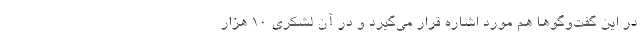
در این گفت‌وگوها هم مورد اشاره قرار می‌گیرد و در آن لشکری ۱۰ هزار